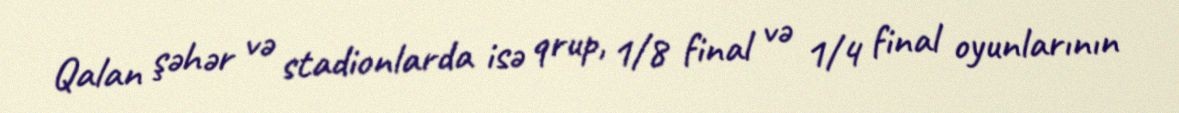
Qalan şəhər və stadionlarda isə qrup, 1/8 final və 1/4 final oyunlarının